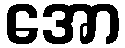
အော